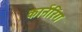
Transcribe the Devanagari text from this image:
कार्नरिंग